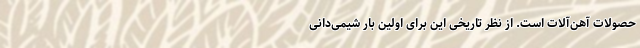
حصولات آهن‌آلات است. از نظرِ تاریخی این برایِ اوّلین بار شیمی‌دانی